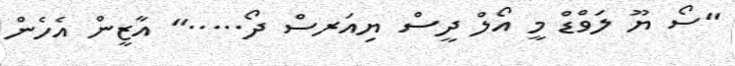
"ސޯ ޔޫ ލަވްޑް މީ އޯލް ދީސް ޔިއަރސް ދޯ....." އާޒީން އެހެން